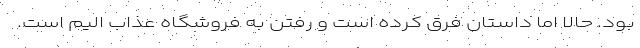
بود. حالا اما داستان فرق کرده است و رفتن به فروشگاه عذاب الیم است.